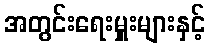
အတွင်းရေးမှူးများနှင့်